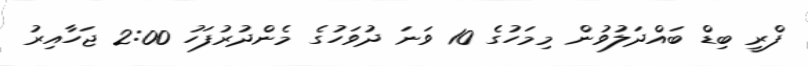
ފްރީ ބިޑް ބައްދަލުވުން މިމަހުގެ 10 ވަނަ ދުވަހުގެ މެންދުރުފަހު 2:00 ޖަހާއިރު